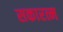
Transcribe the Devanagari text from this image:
सकारत्म